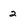
Character: 2